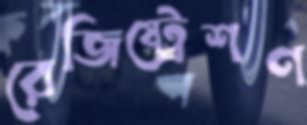
রেজিষ্ট্রেশণ